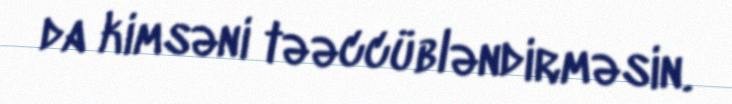
da kimsəni təəccübləndirməsin.